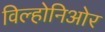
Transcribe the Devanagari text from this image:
विल्होनिओर